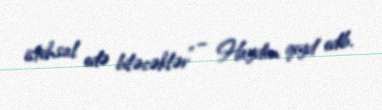
istehsal edə biləcəklər” – Hayden qeyd edib.